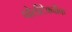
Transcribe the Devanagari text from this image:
पोलीटेक्‍नीक